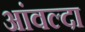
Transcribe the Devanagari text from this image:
आंवल्दा